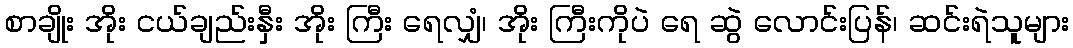
စာချိုး အိုး ငယ်ချည်းနှီး အိုး ကြီး ရေလျှံ၊ အိုး ကြီးကိုပဲ ရေ ဆွဲ လောင်းပြန်၊ ဆင်းရဲသူများ